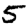
Digit: 5